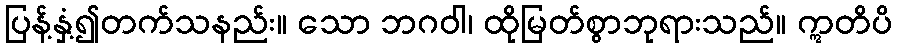
ပြန့်နှံ့၍တက်သနည်း။ သော ဘဂဝါ၊ ထိုမြတ်စွာဘုရားသည်။ ဣတိပိ